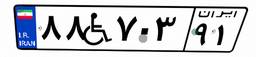
۰۶W۱۴۳۴۱